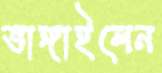
ভাঙ্গাইলেন